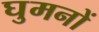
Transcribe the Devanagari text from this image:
घुमनों